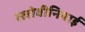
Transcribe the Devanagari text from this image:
स्लोवीनियाई